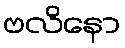
ဗလိနော